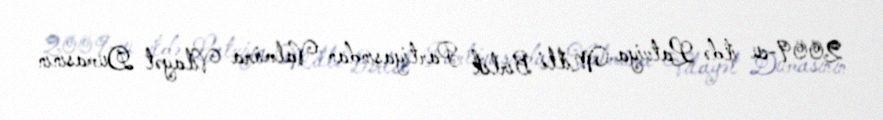
2009-cu ildə Latviya Milli Birlik Partiyasından Valmiera Vilayət Dumasının